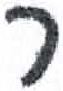
אות: ר